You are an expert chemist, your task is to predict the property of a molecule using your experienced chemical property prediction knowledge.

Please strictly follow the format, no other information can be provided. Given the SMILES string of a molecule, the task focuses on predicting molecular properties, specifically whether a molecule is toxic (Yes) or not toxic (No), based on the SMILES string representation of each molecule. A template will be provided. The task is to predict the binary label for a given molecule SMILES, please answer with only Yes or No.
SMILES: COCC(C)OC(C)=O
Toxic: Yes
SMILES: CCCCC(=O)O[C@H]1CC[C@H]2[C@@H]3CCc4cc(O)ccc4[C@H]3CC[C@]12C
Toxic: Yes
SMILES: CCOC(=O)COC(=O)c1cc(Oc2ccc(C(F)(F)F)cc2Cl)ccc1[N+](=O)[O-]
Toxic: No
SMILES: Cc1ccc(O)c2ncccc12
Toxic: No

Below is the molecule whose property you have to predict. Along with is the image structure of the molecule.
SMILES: Cc1ccccc1O
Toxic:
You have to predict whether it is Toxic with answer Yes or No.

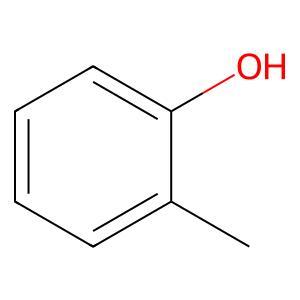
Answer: No